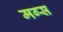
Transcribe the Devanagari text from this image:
मग्स